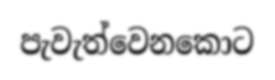
පැවැත්වෙනකොට